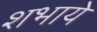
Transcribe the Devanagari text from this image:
शभाये